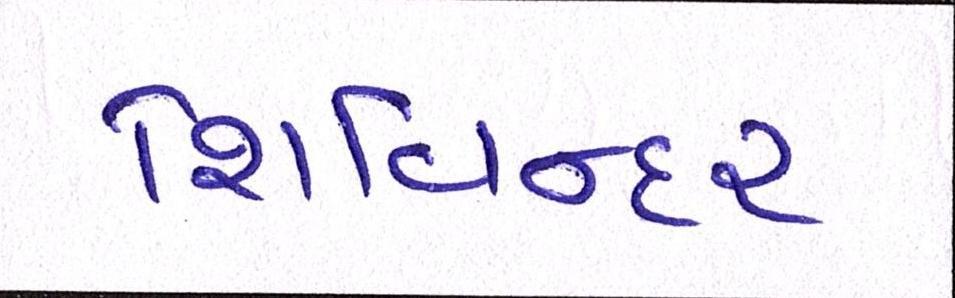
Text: શિવિન્દર